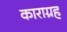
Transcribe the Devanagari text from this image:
काराग्रह